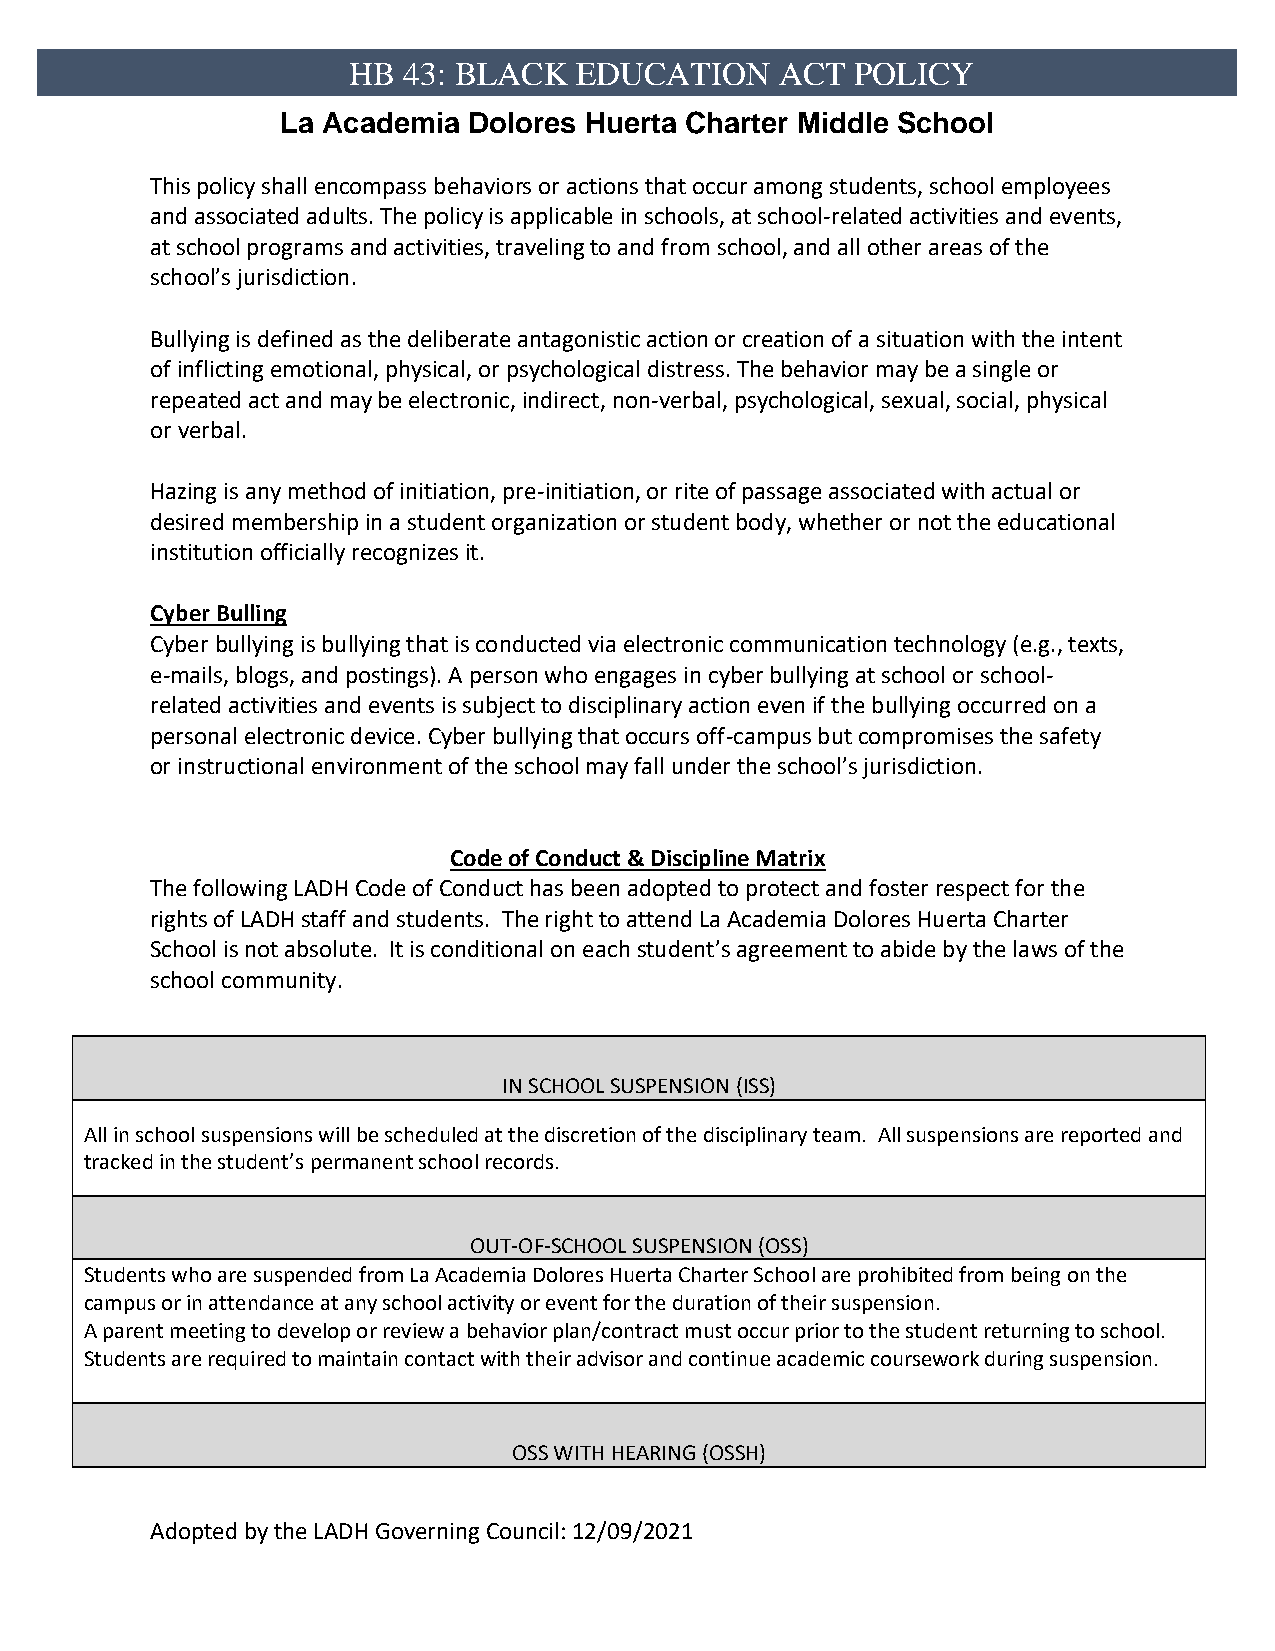
HB  43: BLACK  EDUCATION     ACT  POLICY
 La Academia Dolores Huerta Charter Middle School
 This policy shall encompass behaviors or actions that occur among students, school employees
 and associated adults. The policy is applicable in schools, at school-related activities and events,
 at school programs and activities, traveling to and from school, and all other areas of the
 school’s jurisdiction.
 Bullying is defined as the deliberate antagonistic action or creation of a situation with the intent
 of inflicting emotional, physical, or psychological distress. The behavior may be a single or
 repeated act and may be electronic, indirect, non-verbal, psychological, sexual, social, physical
 or verbal.
 Hazing is any method of initiation, pre-initiation, or rite of passage associated with actual or
 desired membership in a student organization or student body, whether or not the educational
 institution officially recognizes it.
 Cyber Bulling
 Cyber bullying is bullying that is conducted via electronic communication technology (e.g., texts,
 e-mails, blogs, and postings). A person who engages in cyber bullying at school or school-
 related activities and events is subject to disciplinary action even if the bullying occurred on a
 personal electronic device. Cyber bullying that occurs off-campus but compromises the safety
 or instructional environment of the school may fall under the school’s jurisdiction.
 Code of Conduct & Discipline Matrix
 The following LADH Code of Conduct has been adopted to protect and foster respect for the
 rights of LADH staff and students. The right to attend La Academia Dolores Huerta Charter
 School is not absolute. It is conditional on each student’s agreement to abide by the laws of the
 school community.
 IN SCHOOL SUSPENSION (ISS)
 All in school suspensions will be scheduled at the discretion of the disciplinary team. All suspensions are reported and
 tracked in the student’s permanent school records.
 OUT-OF-SCHOOL SUSPENSION (OSS)
 Students who are suspended from La Academia Dolores Huerta Charter School are prohibited from being on the
 campus or in attendance at any school activity or event for the duration of their suspension.
 A parent meeting to develop or review a behavior plan/contract must occur prior to the student returning to school.
 Students are required to maintain contact with their advisor and continue academic coursework during suspension.
 OSS WITH HEARING (OSSH)
 Adopted by the LADH Governing Council: 12/09/2021